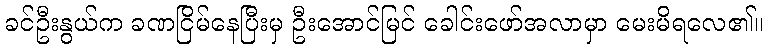
ခင်ဦးနွယ်က ခဏငြိမ်နေပြီးမှ ဦးအောင်မြင် ခေါင်းဖော်အလာမှာ မေးမိရလေ၏။